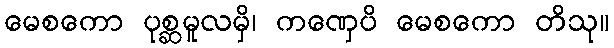
မေစကော ပုစ္ဆမူလမှိ၊ ကဏှေပိ မေစကော တိသု။